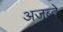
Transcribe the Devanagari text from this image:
अजब्दे